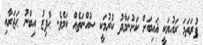
ފުރަތަމަ ރައުޔަކީ ޣައިބަށް ކަށުނަމާދު ކުރުމަކީ ސުއްނަތެއް ކަމެވެ. ޙާފިޒު އިބްނު ޙަޖަރާއި